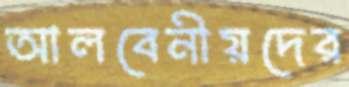
আলবেনীয়দের